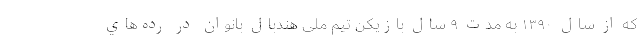
که از سال ۱۳۹۰ به مدت ۹ سال بازیکن تیم ملی هندبال بانوان در رده‌هاي